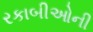
રકાબીઓની